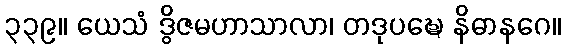
၃၃၉။ ယေသံ ဒွိဇမဟာသာလာ၊ တဒုပဍ္ဎေ နိဓာနဂေ။